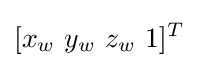
[x_{w}\ y_{w}\ z_{w}\ 1]^{T}